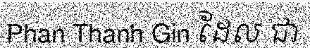
Phan Thanh Gin ដែល ជា